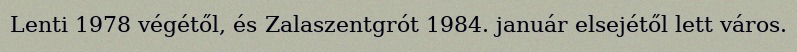
Lenti 1978 végétől, és Zalaszentgrót 1984. január elsejétől lett város.